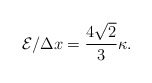
\begin{align*}{\cal E}/\Delta x=\frac{4\sqrt{2}}{3}\kappa.\end{align*}